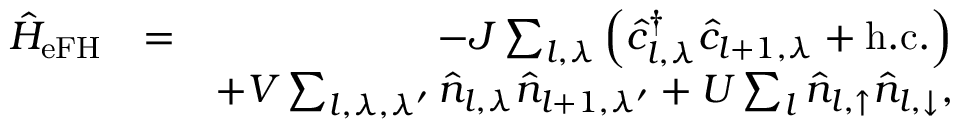
\begin{array} { r l r } { \hat { H } _ { \mathrm { e F H } } } & { = } & { - J \sum _ { l , \lambda } \left( \hat { c } _ { l , \lambda } ^ { \dag } \hat { c } _ { l + 1 , \lambda } + \mathrm { h . c . } \right) } \\ & { } & { + V \sum _ { l , \lambda , \lambda ^ { \prime } } \hat { n } _ { l , \lambda } \hat { n } _ { l + 1 , \lambda ^ { \prime } } + U \sum _ { l } \hat { n } _ { l , \uparrow } \hat { n } _ { l , \downarrow } , } \end{array}